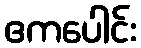
ဧကပေါင်း